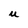
Character: U